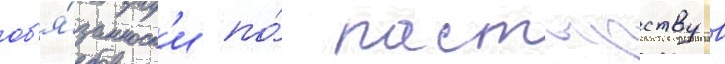
об'я́занност'и по́ пастырству в